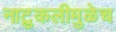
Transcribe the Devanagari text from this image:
नाटुकलीमुळेच